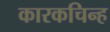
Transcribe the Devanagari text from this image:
कारकचिन्ह